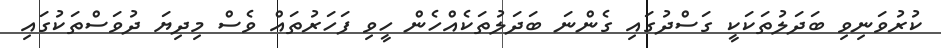
ކުރުވަނިވި ބަދަލުތަކަކީ ގަސްދުގައި ގެންނަ ބަދަލުތަކެއްހެން ހީވި ފަހަރުތައް ވެސް މިދިޔަ ދުވަސްތަކުގައި